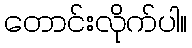
တောင်းလိုက်ပါ။